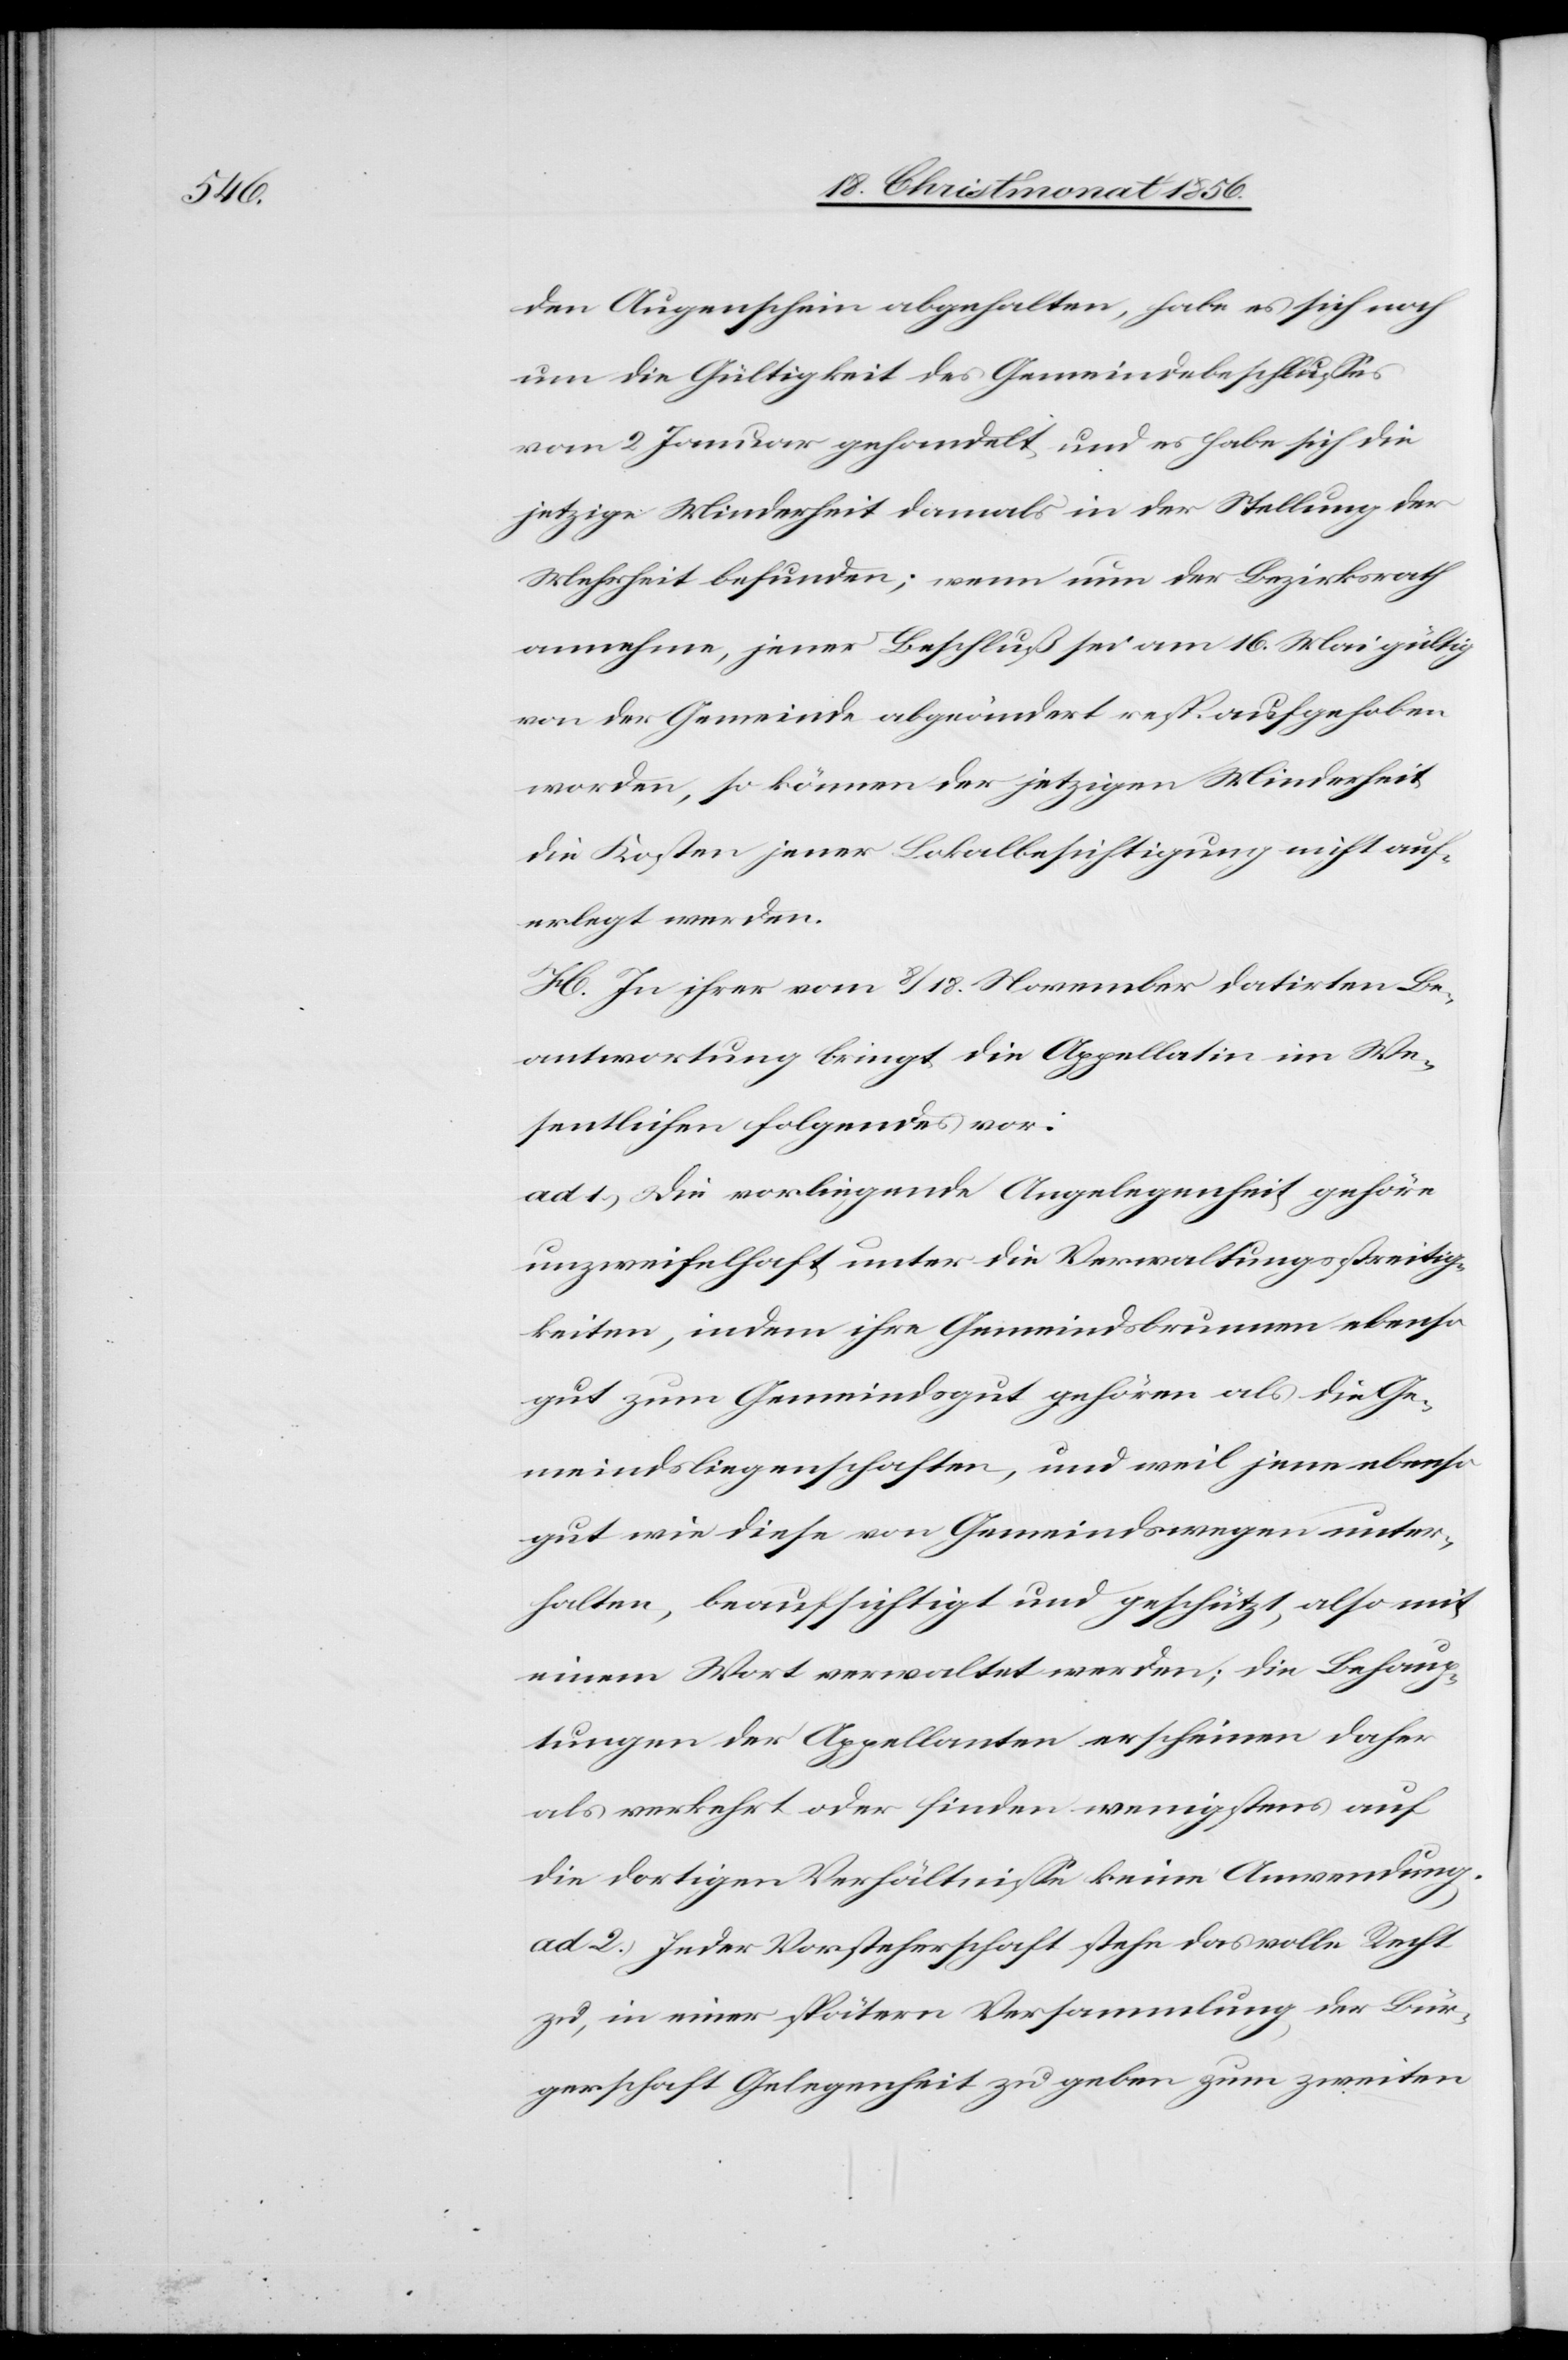
den Augenschein abgehalten, habe es sich noch
um die Gültigkeit des Gemeindebeschlusses
vom 2 Januar gehandelt und es habe sich die
jetzige Minderheit damals in der Stellung der
Mehrheit befunden; wenn nun der Bezirksrath
annehme, jener Beschluß sei am 16. Mai gültig
von der Gemeinde abgeändert resp. aufgehoben
worden, so können der jetzigen Minderheit
die Kosten jener Lokalbesichtigung nicht auf¬
erlegt werden.
H. In ihrer vom 8/18. November datirten Be¬
antwortung bringt die Appellatin im We¬
sentlichen folgendes vor:
ad 1.) Die vorliegende Angelegenheit gehöre
unzweifelhaft unter die Verwaltungsstreitig¬
keiten, indem ihre Gemeindsbrunnen ebenso
gut zum Gemeindsgut gehören als die Ge¬
meindsliegenschaften, und weil jene ebenso
gut wie diese von Gemeindswegen unter¬
halten, beaufsichtigt und geschützt, also mit
einem Wort verwaltet werden; die Behaup¬
tungen der Appellanten erscheinen daher
als verkehrt oder finden wenigstens auf
die dortigen Verhältnisse keine Anwendung.
ad 2.) Jeder Vorsteherschaft stehe das volle Recht
zu, in einer spätern Versammlung, der Bür¬
gerschaft Gelegenheit zu geben zum zweiten